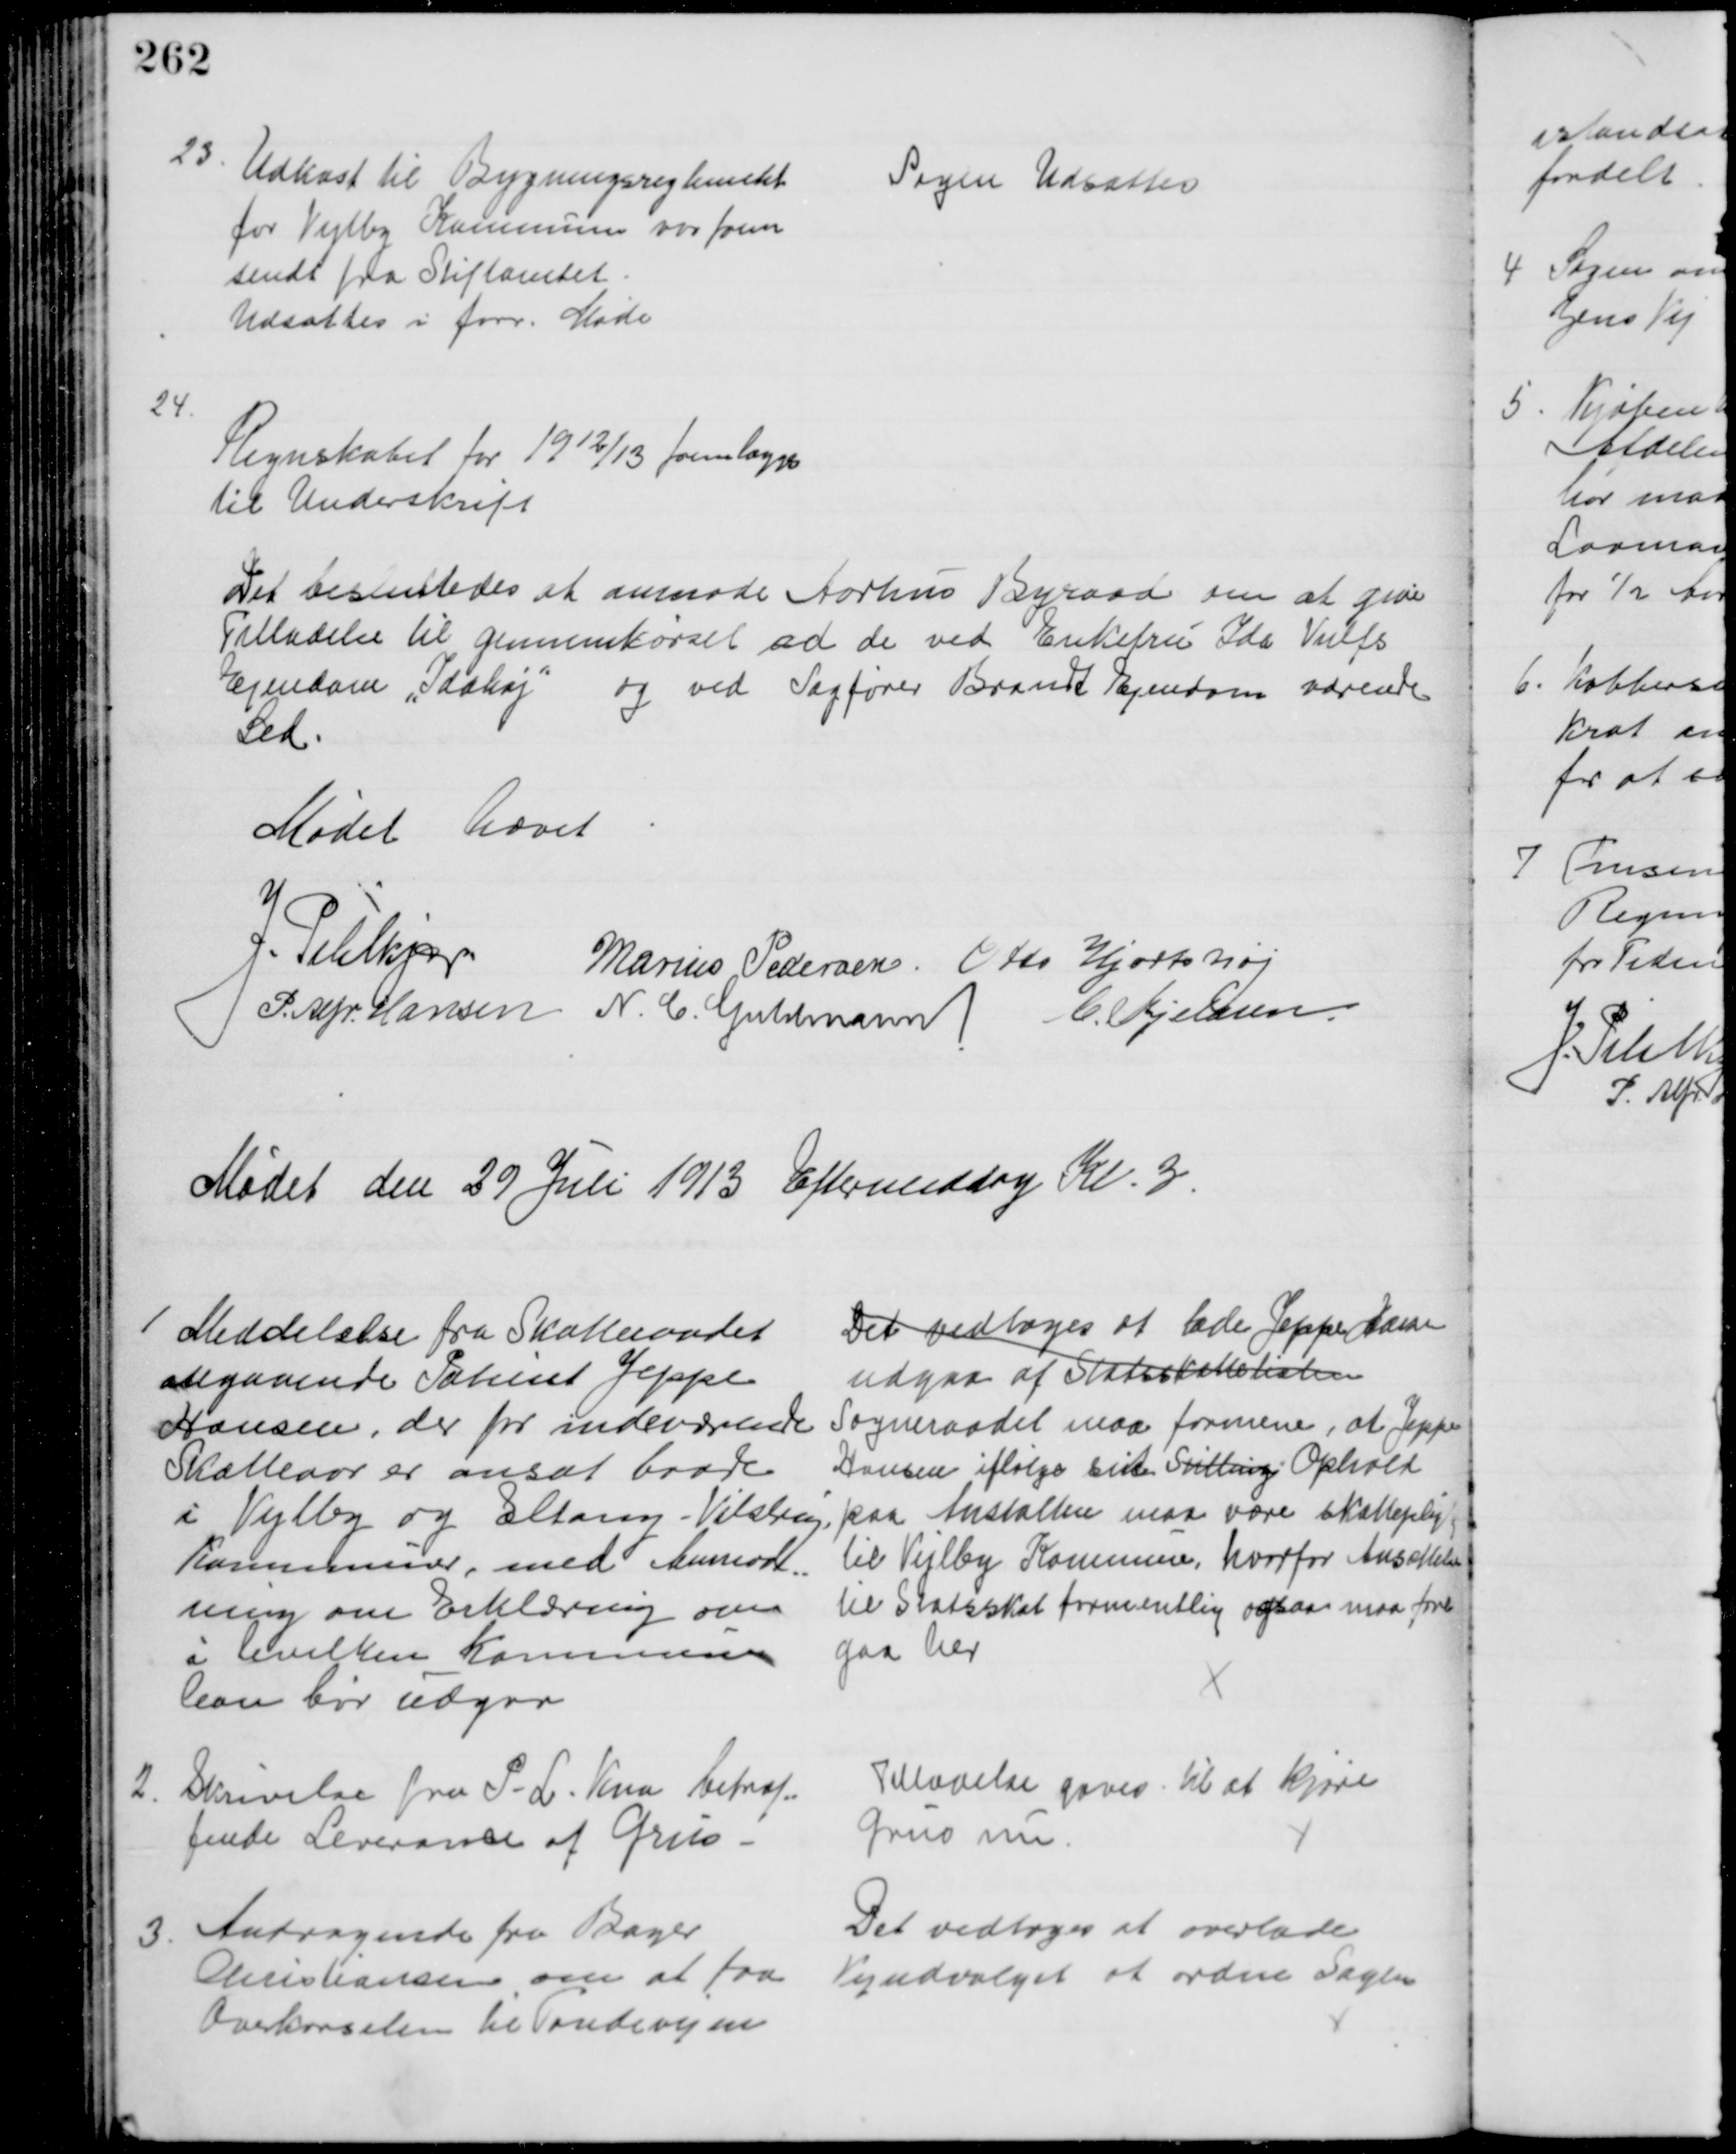
Transskription:
23
Udkast til Bygningsreglementet
for Vejlby Kommune var frem
sendt fra Stiftamtet
Udsattes i forr. Møde
Sagen Udsattes
24.
Regnskabet for 1912/13 fremlægges
til Underskrift
Det bestemtedes at anmode Aarhus Byraad om at give 
Tilladelse til gennemkørsel ad de ved Enkefru Ida Vulfs
Ejendom „Idahøj" og ved Sagfører Brandts Ejendom værende
Led.
Mødet hævet
J. Pihkjær
Marius Pedersen. Otto Hjortshøj
P Afr. Hansen N. C. Guldmann C. Kjeldsen
Mødet den 29 Juli 1913 Eftermiddag Kl. 3
1 Meddelelse fra Skatteraadet
angaaende Patient Jeppe
Hansen, der for indeværende
Skatteaar er ansat baade
i Vejlby og Eltang-Vilstrup.
Kommuner, med Anmod-
ning om Erklæring om
i hvilken Kommune
han bør udgaa
Det vedtoges at lade Jeppe Hansen
udgaa af Statsskattelisten
Sogneraadet maa formene, at Jeppe
Hansen iflølge sint Stilling Ophold
paa Anstalten maa være skattepligtig
til Vejlby Kommune, hvorfor Ansættelse
til Statsskat formentlig ogsaa maa fore
gaa her
2
Skrivelse fra P. L. Kaa betræf-
fende Leverance af Grus.
Tilladelse gaves til at kjøre
Grus nu.
3.
Andragende fra Bager
Christiansen om at faa
Overkørselen til Tøndevejen
Det vedtoges at overlade
Vejudvalget at ordne Sagen